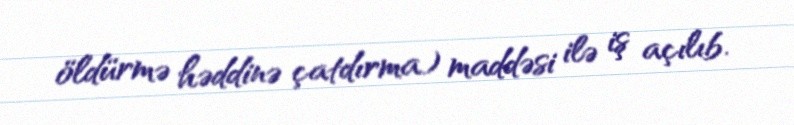
öldürmə həddinə çatdırma) maddəsi ilə iş açılıb.